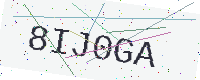
Text: 8IJ0GA